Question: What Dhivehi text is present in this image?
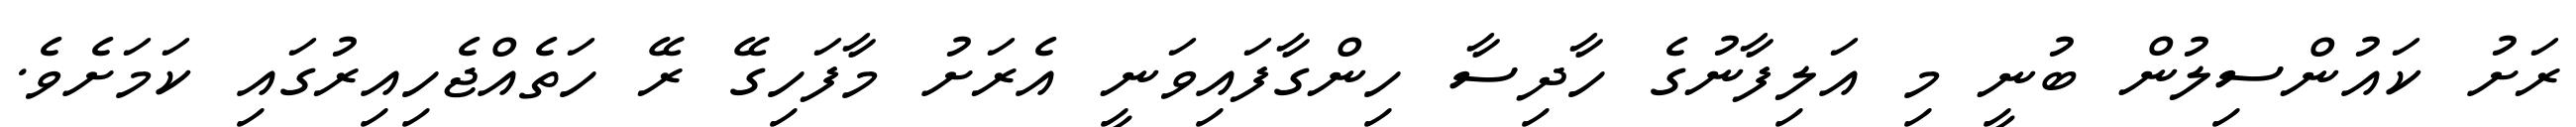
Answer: ރަށު ކައުންސިލުން ބުނީ މި އަލިފާނުގެ ހާދިސާ ހިންގާފައިވަނީ އެރަށު މާފަހިގޭ ރޭ ހަތެއްޖެހިއިރުގައި ކަމަށެވެ.